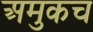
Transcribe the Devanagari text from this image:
अमुकच